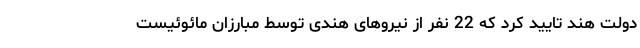
دولت هند تایید کرد که 22 نفر از نیروهای هندی توسط مبارزان مائوئیست